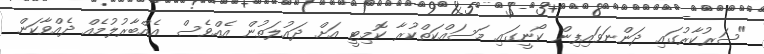
"ސަރުކާރުގައި ދަންނަވައިފިން ކޯނީގައި މަސައްކަތްކުރާ ކޮމިޓީ އަށް ދައުލަތުން އެއްވެސް އެއްބާރުލުމެއް ދެއްވާކަން